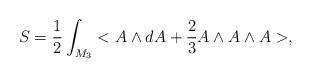
LaTeX: \begin{align*}S=\frac{1}{2}\int_{M_{3}}<A\wedge dA+\frac{2}{3}A\wedge A\wedge A>,\end{align*}